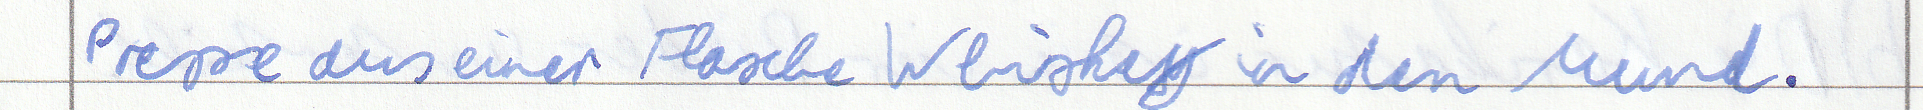
Presse aus einer Flasche Whiskey in den Mund.